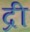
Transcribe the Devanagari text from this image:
द्री